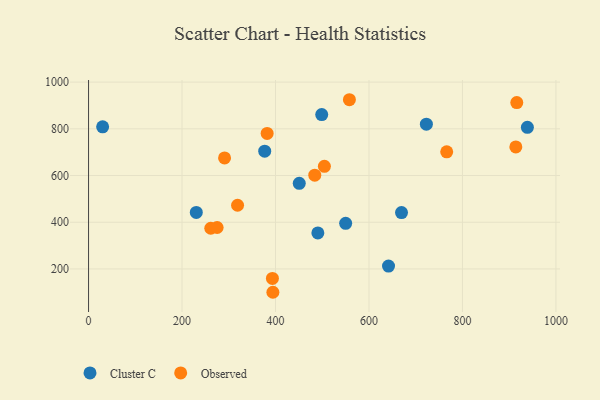
{"axis": {"x": "Distance", "y": "Profit"}, "legend": ["Cluster C", "Observed"], "data": [{"x": "30.1", "y": 808.7, "type": "Cluster C"}, {"x": "550.1", "y": 395.5, "type": "Cluster C"}, {"x": "498.9", "y": 861.1, "type": "Cluster C"}, {"x": "938.9", "y": 806.4, "type": "Cluster C"}, {"x": "490.6", "y": 354.3, "type": "Cluster C"}, {"x": "669.6", "y": 441.5, "type": "Cluster C"}, {"x": "722.8", "y": 820.1, "type": "Cluster C"}, {"x": "641.8", "y": 212.1, "type": "Cluster C"}, {"x": "230.5", "y": 442.2, "type": "Cluster C"}, {"x": "376.9", "y": 704.2, "type": "Cluster C"}, {"x": "450.8", "y": 566.7, "type": "Cluster C"}, {"x": "766.3", "y": 701.3, "type": "Observed"}, {"x": "558.1", "y": 924.6, "type": "Observed"}, {"x": "291.0", "y": 675.2, "type": "Observed"}, {"x": "484.0", "y": 601.4, "type": "Observed"}, {"x": "382.1", "y": 780.5, "type": "Observed"}, {"x": "916.2", "y": 912.6, "type": "Observed"}, {"x": "318.8", "y": 472.8, "type": "Observed"}, {"x": "394.4", "y": 100.1, "type": "Observed"}, {"x": "261.5", "y": 374.2, "type": "Observed"}, {"x": "275.1", "y": 377.5, "type": "Observed"}, {"x": "504.6", "y": 639.4, "type": "Observed"}, {"x": "914.2", "y": 722.3, "type": "Observed"}, {"x": "393.4", "y": 159.2, "type": "Observed"}]}